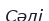
Сәлі